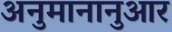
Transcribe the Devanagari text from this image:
अनुमानानुआर